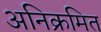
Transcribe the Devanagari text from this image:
अनिक्रमित